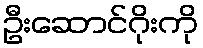
ဦးဆောင်ဂိုးကို